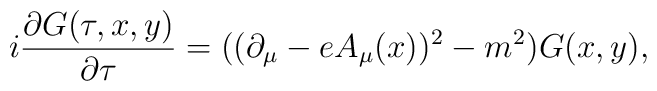
i \frac{\partial G(\tau,x,y)}{\partial \tau} =((\partial_\mu - e A_\mu(x) )^2 -m^2 ) G(x,y),